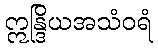
ဣန္ဒြိယအသံဝရံ